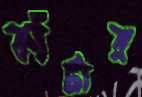
কাঁটার